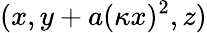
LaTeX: (x,y+a(\kappa x)^{2},z)